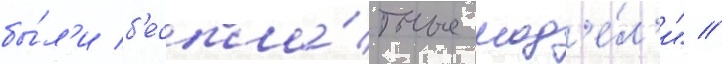
бы́л'и б'еспла́тные мод'е́л'и" //